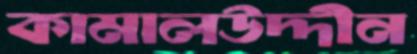
কামালউদ্দীন